Civil Veterinary Department Bihar reports 1940-50 - 1940-1950
Year: 1940
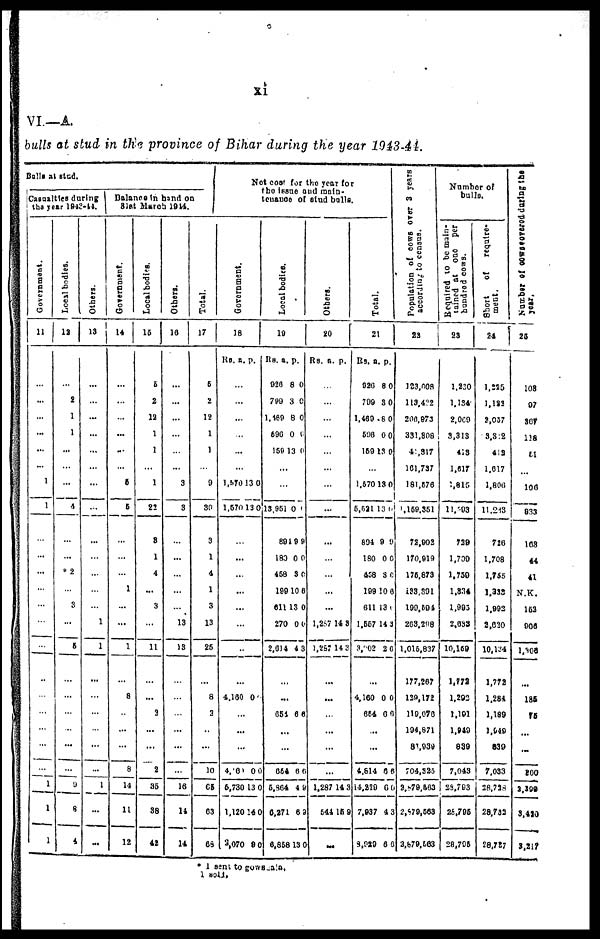
xi
VI.—A.
bulls at stud in the province of Bihar during the year 1943-44.
Bulls at Stud.
Casualties during
the year 1943-44.
Government
11
...
...
...
...
...
...
1
1
...
...
...
...
...
...
...
...
...
...
...
...
1
1
1
Local bodies.
12
...
2
1
1
...
...
...
4
...
...
2
...
8
...
6
...
...
...
...
...
...
9
8
4
Others.
13
...
...
...
...
...
...
...
...
...
...
...
...
...
1
1
...
...
...
...
...
...
1
...
...
Balance In hand on
31st March 1944.
Government.
14
...
...
...
...
...
...
5
5
...
...
...
1
...
...
1
...
8
...
...
...
8
14
11
12
Local bodies.
15
5
2
12
1
1
...
1
22
8
1
4
...
3
...
11
...
...
2
...
...
2
35
38
42
Others.
16
...
...
...
...
...
...
3
3
...
...
...
...
...
13
13
...
...
...
...
...
...
16
14
14
Total.
17
5
2
12
1
1
...
9
30
3
1
4
1
3
13
25
...
8
3
...
...
10
65
63
68
Not cost for the year for
the issue and main-
teuance of stud bulls
Government.
18
Rs. a. p.
...
...
...
...
...
...
1,870 13 0
1.670 13 0
...
...
...
...
...
...
...
...
4.160 0
...
...
...
4,060 0 0
6,730 13 0
1,120 14 0
3,070 9 0
Local bodies.
19
Rs. a. p.
926 8 0
790 3 0
1,169 8 0
596 0 0
159 13 0
...
...
13,951 0 0
891 9 9
180 0 0
458 3 0
199 10 0
611 13 0
270 0 0
2,014 4 3
...
...
651 6 6
...
...
654 6 6
5,864 4 9
6,271 6 2
6,858 13 0
Others.
20
Rs. a. p.
...
...
...
...
...
...
...
...
...
...
...
...
...
1,257 14 3
1,257 14 3
...
...
...
...
...
...
1,287 14 3
544
15 9
...
Total.
21
Rs. a. p.
920 8 0
709 3 0
1,460 8 0
608 0 0
159 13 0
...
1,570 13 0
5,521 13 0
894 9 0
180 0 0
458 3 0
199 10 6
611 13 0
1,667 14 3
3,302 2 0
...
4,160 0 0
654 6 0
...
...
4,814 0 0
14,229 6 0
7,937 4 3
8,929 6 0
Population of cows over 3 years
according to census.
22
123,008
113,422
206,973
331,808
41,317
161,737
181,576
1,159,351
72,902
170,919
176.873
133,391
199,594
268,298
1,016,837
177,287
129,172
119,076
104,871
83,939
704,323
2,879,563
2,879,563
2,879,063
Number of
bulls.
Required
to be main-
tained at one per
hundred cows.
23
1,220
1,134
2,069
3,313
413
1,617
1,815
11,893
739
1,730
1,750
1,834
1,993
2.033
10,159
1,772
1,292
1,191
1,940
639
7,043
28,793
28,795
28,706
Short
of
require-
ment.
24
1,225
1,181
2,057
3,342
412
1,617
1,806
11,248
726
1,708
1,755
1,398
1,992
2,020
10,134
1,772
1,284
1,189
1,949
839
7,033
28,728
28,783
28,727
Number of cowscovered during the
year,
25
108
07
307
118
51
106
833
108
44
41
N. K.
162
906
l,08
...
185
75
...
...
260
2,399
3,420
3,217
* 1 sent to gows1